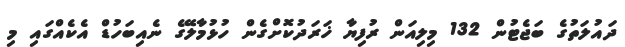
ދައުލަތުގެ ބަޖެޓުން 132 މިލިއަން ރުފިޔާ ޚަރަދުކޮށްގެން ހުޅުމާލޭގެ ނެއިބަހުޑް އެކެއްގައި މި